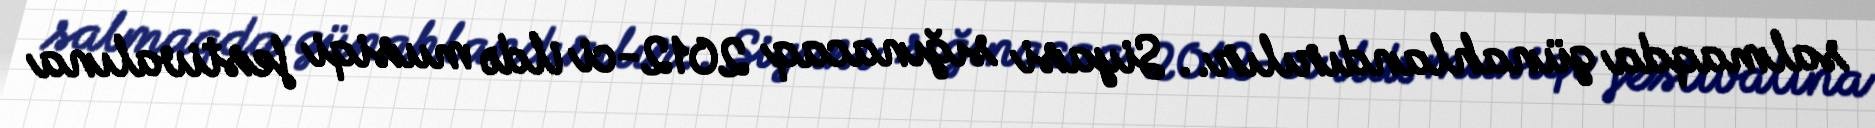
salmaqda günahlandırılır.. Siyasi sığınacaq 2012-ci ildə musiqi festivalına